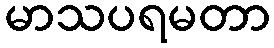
မာသပရမတာ